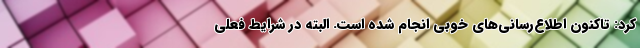
کرد: تاکنون اطلاع‌رسانی‌های خوبی انجام شده است. البته در شرایط فعلی